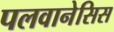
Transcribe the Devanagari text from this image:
पलवानेसिस